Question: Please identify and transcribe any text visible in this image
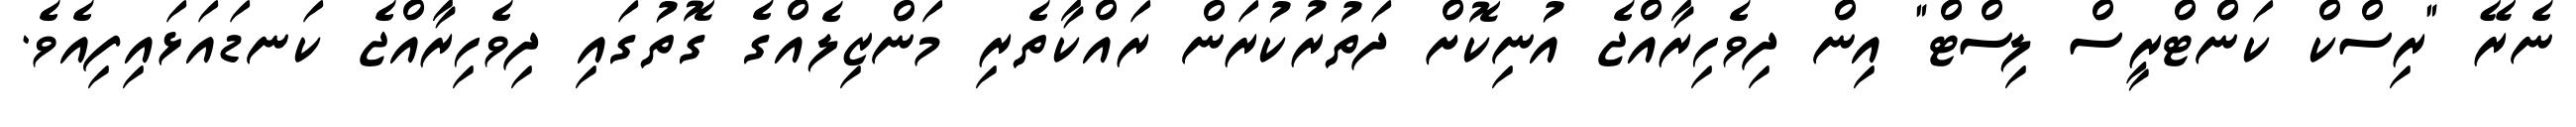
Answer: ނެރޭ "ރިސްކް ކަންޓްރީސް ލިސްޓް" އިން ދިވެހިރާއްޖެ އުނިކޮށް ދަތުރުކުރަން ރައްކާތެރި މަންޒިލެއްގެ ގޮތުގައި ދިވެހިރާއްޖެ ކަނޑައަޅައިފިއެވެ.